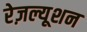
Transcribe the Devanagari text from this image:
रेज़ल्यूशन